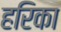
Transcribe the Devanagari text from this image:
हरिका